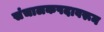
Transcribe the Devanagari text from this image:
संचालकपदावरून